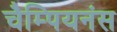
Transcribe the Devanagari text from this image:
चैम्पियनंस